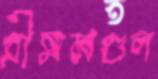
গ্রীষ্মমণ্ডল